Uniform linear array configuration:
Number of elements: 4
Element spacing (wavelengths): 0.25
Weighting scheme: hann
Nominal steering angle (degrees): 30
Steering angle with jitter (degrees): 31.684
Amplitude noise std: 0.05
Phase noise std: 0.05

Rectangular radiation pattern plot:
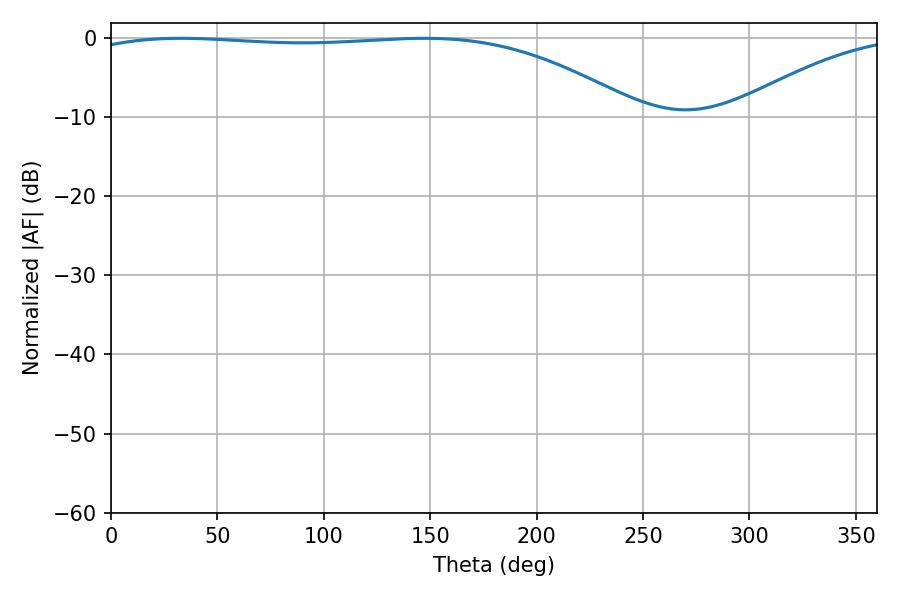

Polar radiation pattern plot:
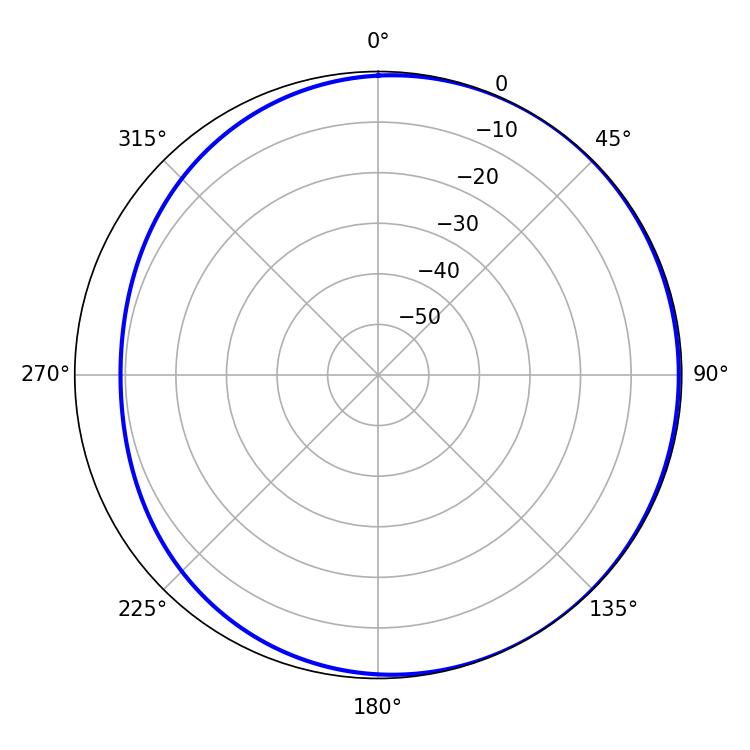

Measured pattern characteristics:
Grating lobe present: FALSE
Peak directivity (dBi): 1.743
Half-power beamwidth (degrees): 207.18
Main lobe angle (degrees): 32.76